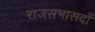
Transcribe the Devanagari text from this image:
राजसभासदों